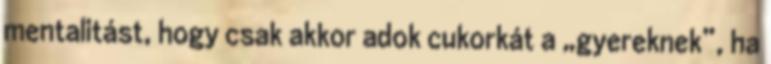
mentalitást, hogy csak akkor adok cukorkát a „gyereknek”, ha